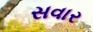
સવાર